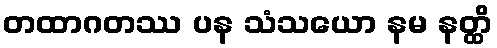
တထာဂတဿ ပန သံသယော နမ နတ္ထိ